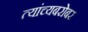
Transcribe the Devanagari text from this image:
त्यांच्यबरोबर